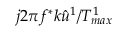
j 2 \pi f ^ { * } k \hat { u } ^ { 1 } / T _ { m a x } ^ { 1 }